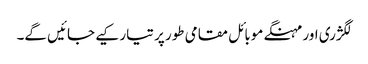
لگژری اور مہنگے موبائل مقامی طور پر تیار کیے جائیں گے۔